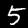
Label: 5